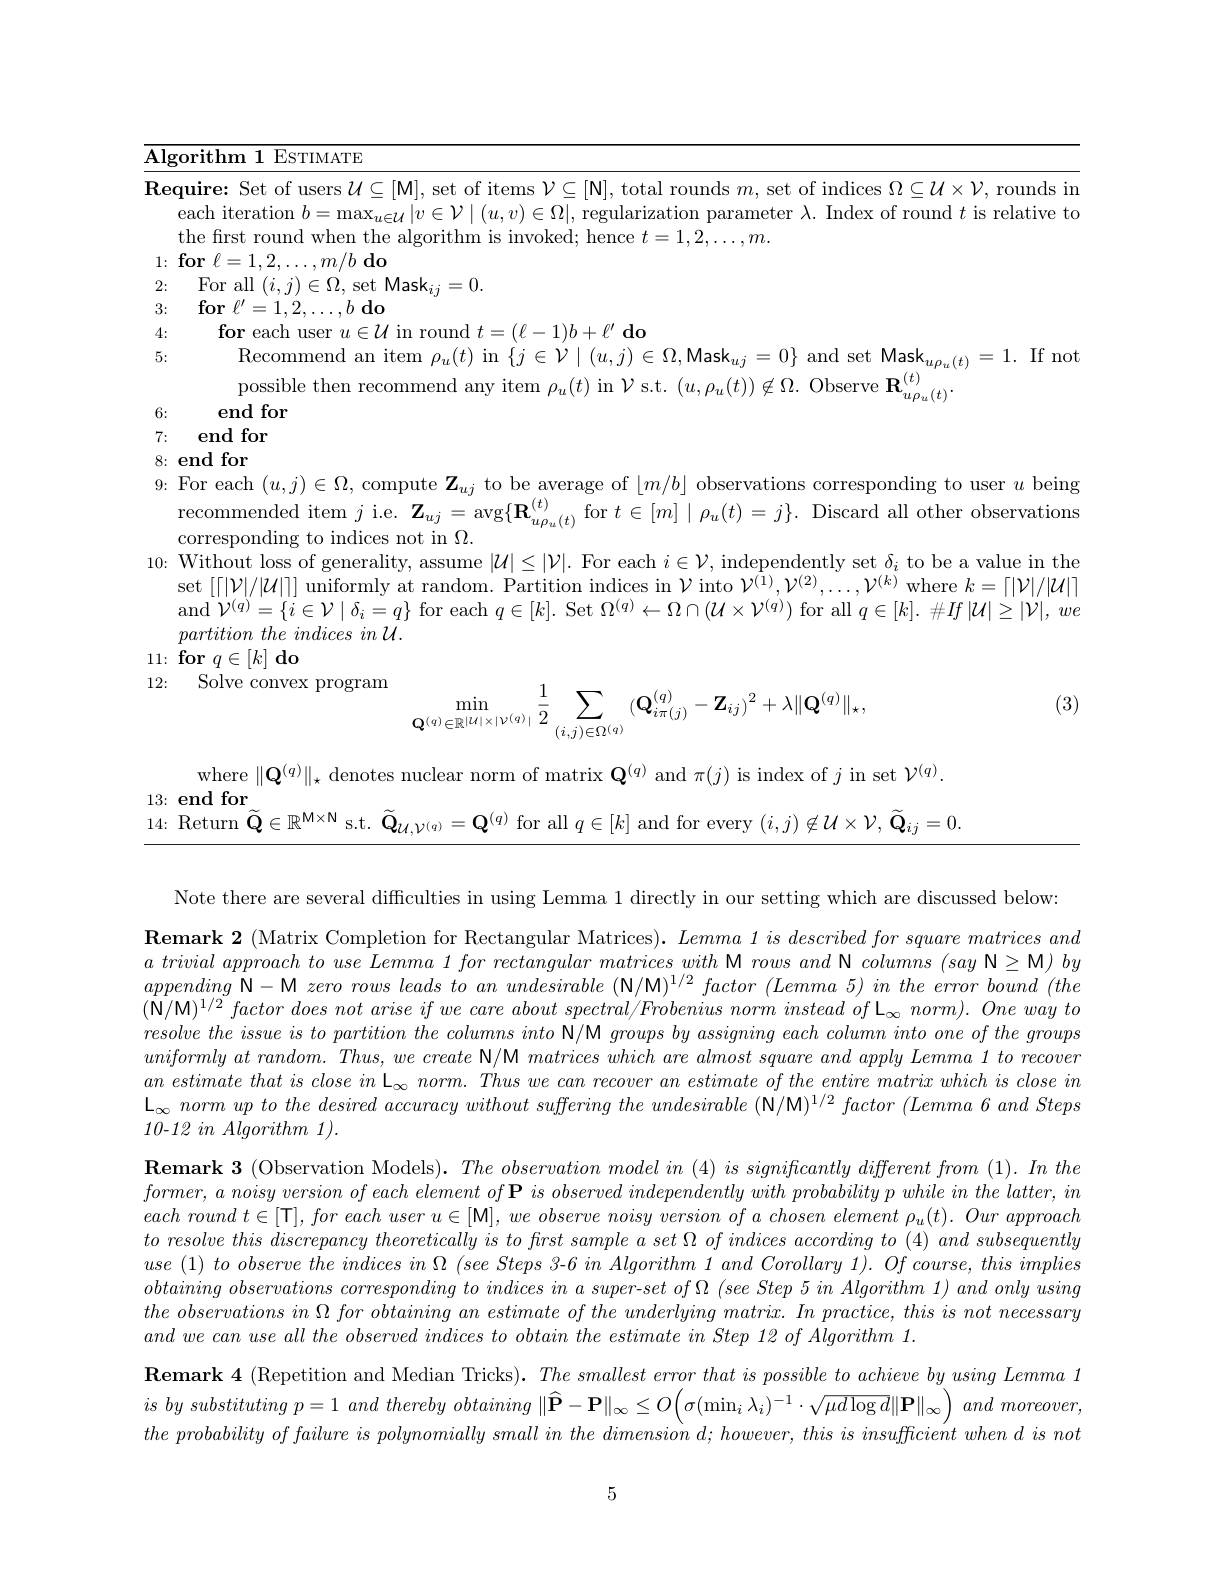
<table>
	<tbody>
		<tr>
			<td>$\mathbf{Al}_{\xi}$ I</td>
			<td>${\mathrm{corithm~1~EsTIMATE}}$</td>
		</tr>
		<tr>
			<td>$\mathbf{Re}$</td>
			<td>$\textbf{quire: Set of users}\mathcal{U} \subseteq [ \mathcal{M} ] $, set of items $\mathcal{V}\subseteq[\mathbb{N}]$, total rounds $m$, set of indices $\Omega\subseteq\mathcal{U}\times\mathcal{V}$, rounds in each iteration $b=\max_{u\in\mathcal{U}}|v\in\mathcal{V}\mid(u,v)\in\Omega|$, regularization parameter $\lambda.$ Index of round $t$ is relative to the first round when the algorithm is invoked; hence $t=1,2,\ldots,m.$</td>
		</tr>
		<tr>
			<td>1: $\frac{1}{2}$ </td>
			<td>$\textbf{r}\ell = 1, 2, \ldots , m/ b\textbf{do}$</td>
		</tr>
		<tr>
			<td>2:</td>
			<td>For all $(i,j)\in\Omega$,set Mask$_ii=0.$</td>
		</tr>
		<tr>
			<td>3:</td>
			<td>$\textbf{for}\ell ^{\prime }= 1, 2, \ldots , b\textbf{ do}$</td>
		</tr>
		<tr>
			<td>4:</td>
			<td>$\textbf{for each user }u\in \mathcal{U}$ in round $t= ( \ell - 1) b+ \ell ^{\prime }\textbf{ do}$</td>
		</tr>
		<tr>
			<td>5:</td>
			<td>Recommend an item $\rho_u(t)$ in $\{j\in\mathcal{V}\mid(u,j)\in\Omega$,Mask$_uj=0\}$ and set Mask$_u\rho_u(t)=1.$ If no possible then recommend any item $\rho_u(t)$ in $\mathcal{V}$ s.t. $(u,\rho_u(t))\notin\Omega.$ Observe $\mathbf{R}_{\mathrm{m}}^{(t)}$</td>
		</tr>
		<tr>
			<td>6:</td>
			<td>end for</td>
		</tr>
	</tbody>
</table>
7:

8{:} end for
9: For each $(u,j)\in\Omega$, compute $\mathbf{Z}_uj$ to be average of $\lfloor m/b\rfloor$ observations corresponding to user $u$ being
recommended item $j$ i.e. $\mathbf{Z}_{uj}=\arg\{\mathbf{R}_{u\rho_{u}(t)}^{(t)}$for $t\in[m]\mid\rho_{u}(t)=j\}.$ Discard all other observation
corresponding to indices not in $\Omega.$
10: Without loss of generality, assume $|\mathcal{U}|\leq|\mathcal{V}|.$ For each $i\in\mathcal{V}$, independently set $\delta_i$ to be a value in the
set $[\lceil|\mathcal{V}|/|\mathcal{U}|\rceil]$ uniformly at random. Partition indices in $\mathcal{V}$ into $\mathcal{V}^(1),\mathcal{V}^{(2)},\ldots,\mathcal{V}^{(k)}$ where $k=\lceil|\mathcal{V}|/|\mathcal{U}|\rceil$ and $\mathcal{V}^{(q)}=\{i\in\mathcal{V}\mid\delta_{i}=q\}$ for each $q\in[k].$ Set $\Omega^(q)\leftarrow\Omega\cap(\mathcal{U}\times\mathcal{V}^{(q)})$ for all $q\in[k].\#If\left|\mathcal{U}\right|\geq|\mathcal{V}|,we$ $partition\textit{ the indices in U}.$
$11: \textbf{for}q\in [ k] \textbf{do}$

12: Solve convex program
$$\min\limits_{\mathbf{Q}^{(q)}\in\mathbb{R}^{|\mathcal{U}|\times|\mathcal{V}^{(q)}|}}\frac{1}{2}\sum\limits_{(i,j)\in\Omega^{(q)}}(\mathbf{Q}_{i\pi(j)}^{(q)}-\mathbf{Z}_{ij})^{2}+\lambda\|\mathbf{Q}^{(q)}\|_{\star},$$
(3)

where $\|\mathbf{Q}^{(q)}\|_{\star}$ denotes nuclear norm of matrix $\mathbf{Q}^{(q)}$ and $\pi(j)$ is index of $j$ in set $\mathcal{V}^(q).$
$13\colon$end for
14: Return $\widetilde{\mathbf{Q}}\in\mathbb{R}^{\mathbf{M}\times\mathbf{N}}$ s.t. $\widetilde{\mathbf{Q}}_{\mathcal{U},\mathcal{V}^{(q)}}=\mathbf{Q}^{(q)}$ for all $q\in[k]$ and for every $(i,j)\not\in\mathcal{U}\times\mathcal{V},\widetilde{\mathbf{Q}}_{ij}=0.$

Note there are several difficulties in using Lemma 1 directly in our setting which are discussed below:

$\textbf{Remark 2 ( Matrix Completion for Rectangular Matrices) . Lemma 1 is described for square matrices and}$ $a\textit{ trivial approach to use Lemma 1 for rectangular matrices with M rows and N columns ( say N M) by}$ appending N-M zero rows leads to an undesirable (N/M)$^1/2$ factor $(Lemma$ 5) in the error bound $(the$ $( \mathbf{N} / \mathbf{M} ) ^{1/ 2}factor$ does not arise $if$ $we$ care about $spectral/ Frobenius$ norm instead $of$ $\mathcal{L} _{\infty }$ $norm) .$ One way $to$ $resolvethe~issue~is~to~partition~the~columns~into~\mathsf{N/M~groups~by~assigning~each~column~into~one~of~the~groups}$ $uniformlyatrandom. Thus, wecreate\textbf{ N/ M }matriceswhicharealmostsquareandapplyLemma1torecover$ $an\textit{ estimate that is close in L}_\infty$ norm. Thus we can recover an estimate of the entire matrix which is close in $\mathcal{L}_{\infty}\textit{ norm up to the desired accuracy without suffering the undesirable (N/M)}^{1/2}factor$ (Lemma 6 and Steps 10-12 $in$ Algorithm 1).

$\textbf{Remark 3 ( Observation Models) . The observation model in ( 4) is significantly different from ( 1) . In the}$ $former,a$ noisy version of each element of $\mathbf{P} \textit{ is observed independently with probability p while in the latter, in}$ each round $t\in [ \mathbf{T} ] $, for each user $u\in [ \mathbf{M} ] $, $we$ observe noisy version $of$ $a$ chosen element $\rho _{u}( t) .$ Our approach $to\textit{ resolve this discrepancy theoretically is to first sample a set of indices according to ( 4) and subsequently}$ $use~(1)~to~observe~the~indices~in~\Omega~(see~Steps~3-6~in~Algorithm~1~and~Corollary~1~0f~course,~this~implies~(1)~to~observe~the~indices~in~\Omega~(seee~Steps~3-6~in~Algorithm~1~and~Corollary~1~).~Of~course,~this~implies~(1)~to~observe~the~indices~in~\Omega~(seee~Ste$ obtaining observations corresponding to indices in a super-set of Ω (see Step 5 in Algorithm 1) and only using $the\textit{ observations in }\Omega \textit{ for obtaining an estimate of the underlying matrix. In practice, this is not necessary}$ $and~we~can~use~all~the~observed~indices~to~obtain~the~estimate~in~Step~12~of~Algorithm~1.$

$\textbf{Remark 4 ( Repetition and Median Tricks) . }The\textit{ smallest error that is possible to achieve by using Lemma 1}$ $is$ $by$ substituting $p= 1$ and thereby obtaining $\| \widehat{\mathbf{P} } - \mathbf{P} \| _{\infty }\leq O\left ( \sigma ( \min _{i}\lambda _{i}) ^{- 1}\cdot \sqrt {\mu d\log d}\| \mathbf{P} \| _{\infty }\right )$ and $moreover$, $the~probability~of~failure~is~polynomially~small~in~the~dimension~d;~however,~this~is~insuffcient~when~d~is~not$

5